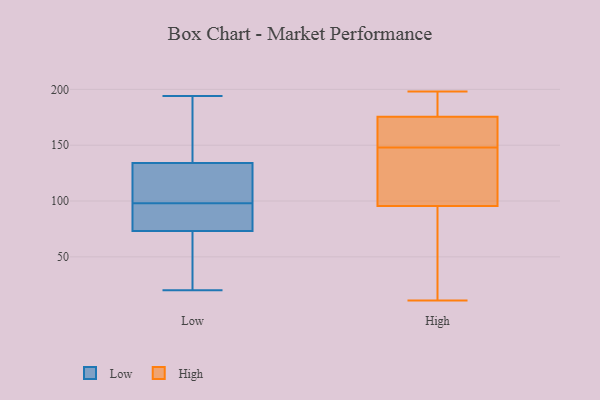
{"axis": {"x": "Net Income (USD K)", "y": "Value"}, "legend": ["High", "Low"], "data": [{"x": "", "y": 190, "type": "Low"}, {"x": "", "y": 85, "type": "Low"}, {"x": "", "y": 90, "type": "Low"}, {"x": "", "y": 104, "type": "Low"}, {"x": "", "y": 170, "type": "Low"}, {"x": "", "y": 103, "type": "Low"}, {"x": "", "y": 74, "type": "Low"}, {"x": "", "y": 20, "type": "Low"}, {"x": "", "y": 73, "type": "Low"}, {"x": "", "y": 58, "type": "Low"}, {"x": "", "y": 98, "type": "Low"}, {"x": "", "y": 35, "type": "Low"}, {"x": "", "y": 128, "type": "Low"}, {"x": "", "y": 194, "type": "Low"}, {"x": "", "y": 136, "type": "Low"}, {"x": "", "y": 165, "type": "High"}, {"x": "", "y": 88, "type": "High"}, {"x": "", "y": 198, "type": "High"}, {"x": "", "y": 148, "type": "High"}, {"x": "", "y": 32, "type": "High"}, {"x": "", "y": 175, "type": "High"}, {"x": "", "y": 11, "type": "High"}, {"x": "", "y": 98, "type": "High"}, {"x": "", "y": 150, "type": "High"}, {"x": "", "y": 177, "type": "High"}, {"x": "", "y": 194, "type": "High"}, {"x": "", "y": 134, "type": "High"}, {"x": "", "y": 142, "type": "High"}]}